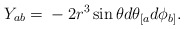
\begin{align*}Y_{ab}={} - 2 r^3 \sin\theta d\theta_{[a}d\phi_{b]}. \end{align*}